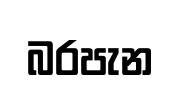
බරපැන